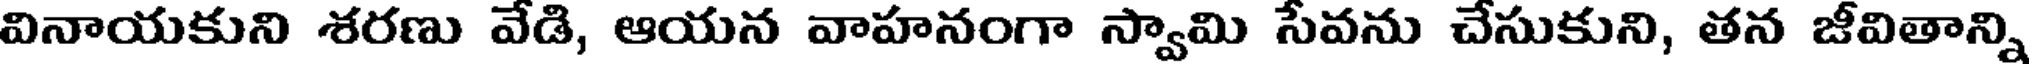
వినాయకుని శరణు వేడి, ఆయన వాహనంగా స్వామి సేవను చేసుకుని, తన జీవితాన్ని